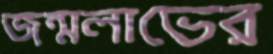
জন্মলাভের